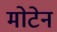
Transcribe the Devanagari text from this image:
मोटेन